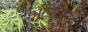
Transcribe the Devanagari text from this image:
आैंधाकर